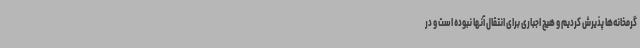
گرمخانه‌ها پذیرش کردیم و هیچ اجباری برای انتقال آنها نبوده است و در